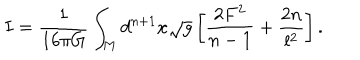
I = \frac { 1 } { 1 6 { \pi } G } \int _ { M } d ^ { n + 1 } x \sqrt { g } \left[ \frac { 2 F ^ { 2 } } { n - 1 } + \frac { 2 n } { l ^ { 2 } } \right] .